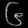
Digit: ၆